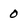
Character: 0